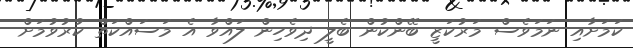
ކަމަށާއި ނަމަވެސް މަރުކަޒީ ބޭންކުން ބެލީ ދިވެހިން ލައްވާ އެ މަސައްކަތް ކުރުވުމަށް